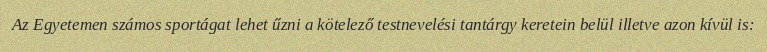
Az Egyetemen számos sportágat lehet űzni a kötelező testnevelési tantárgy keretein belül illetve azon kívül is: